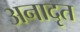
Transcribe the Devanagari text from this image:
अनादृत